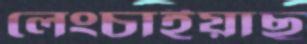
লেংচাইয়াছ